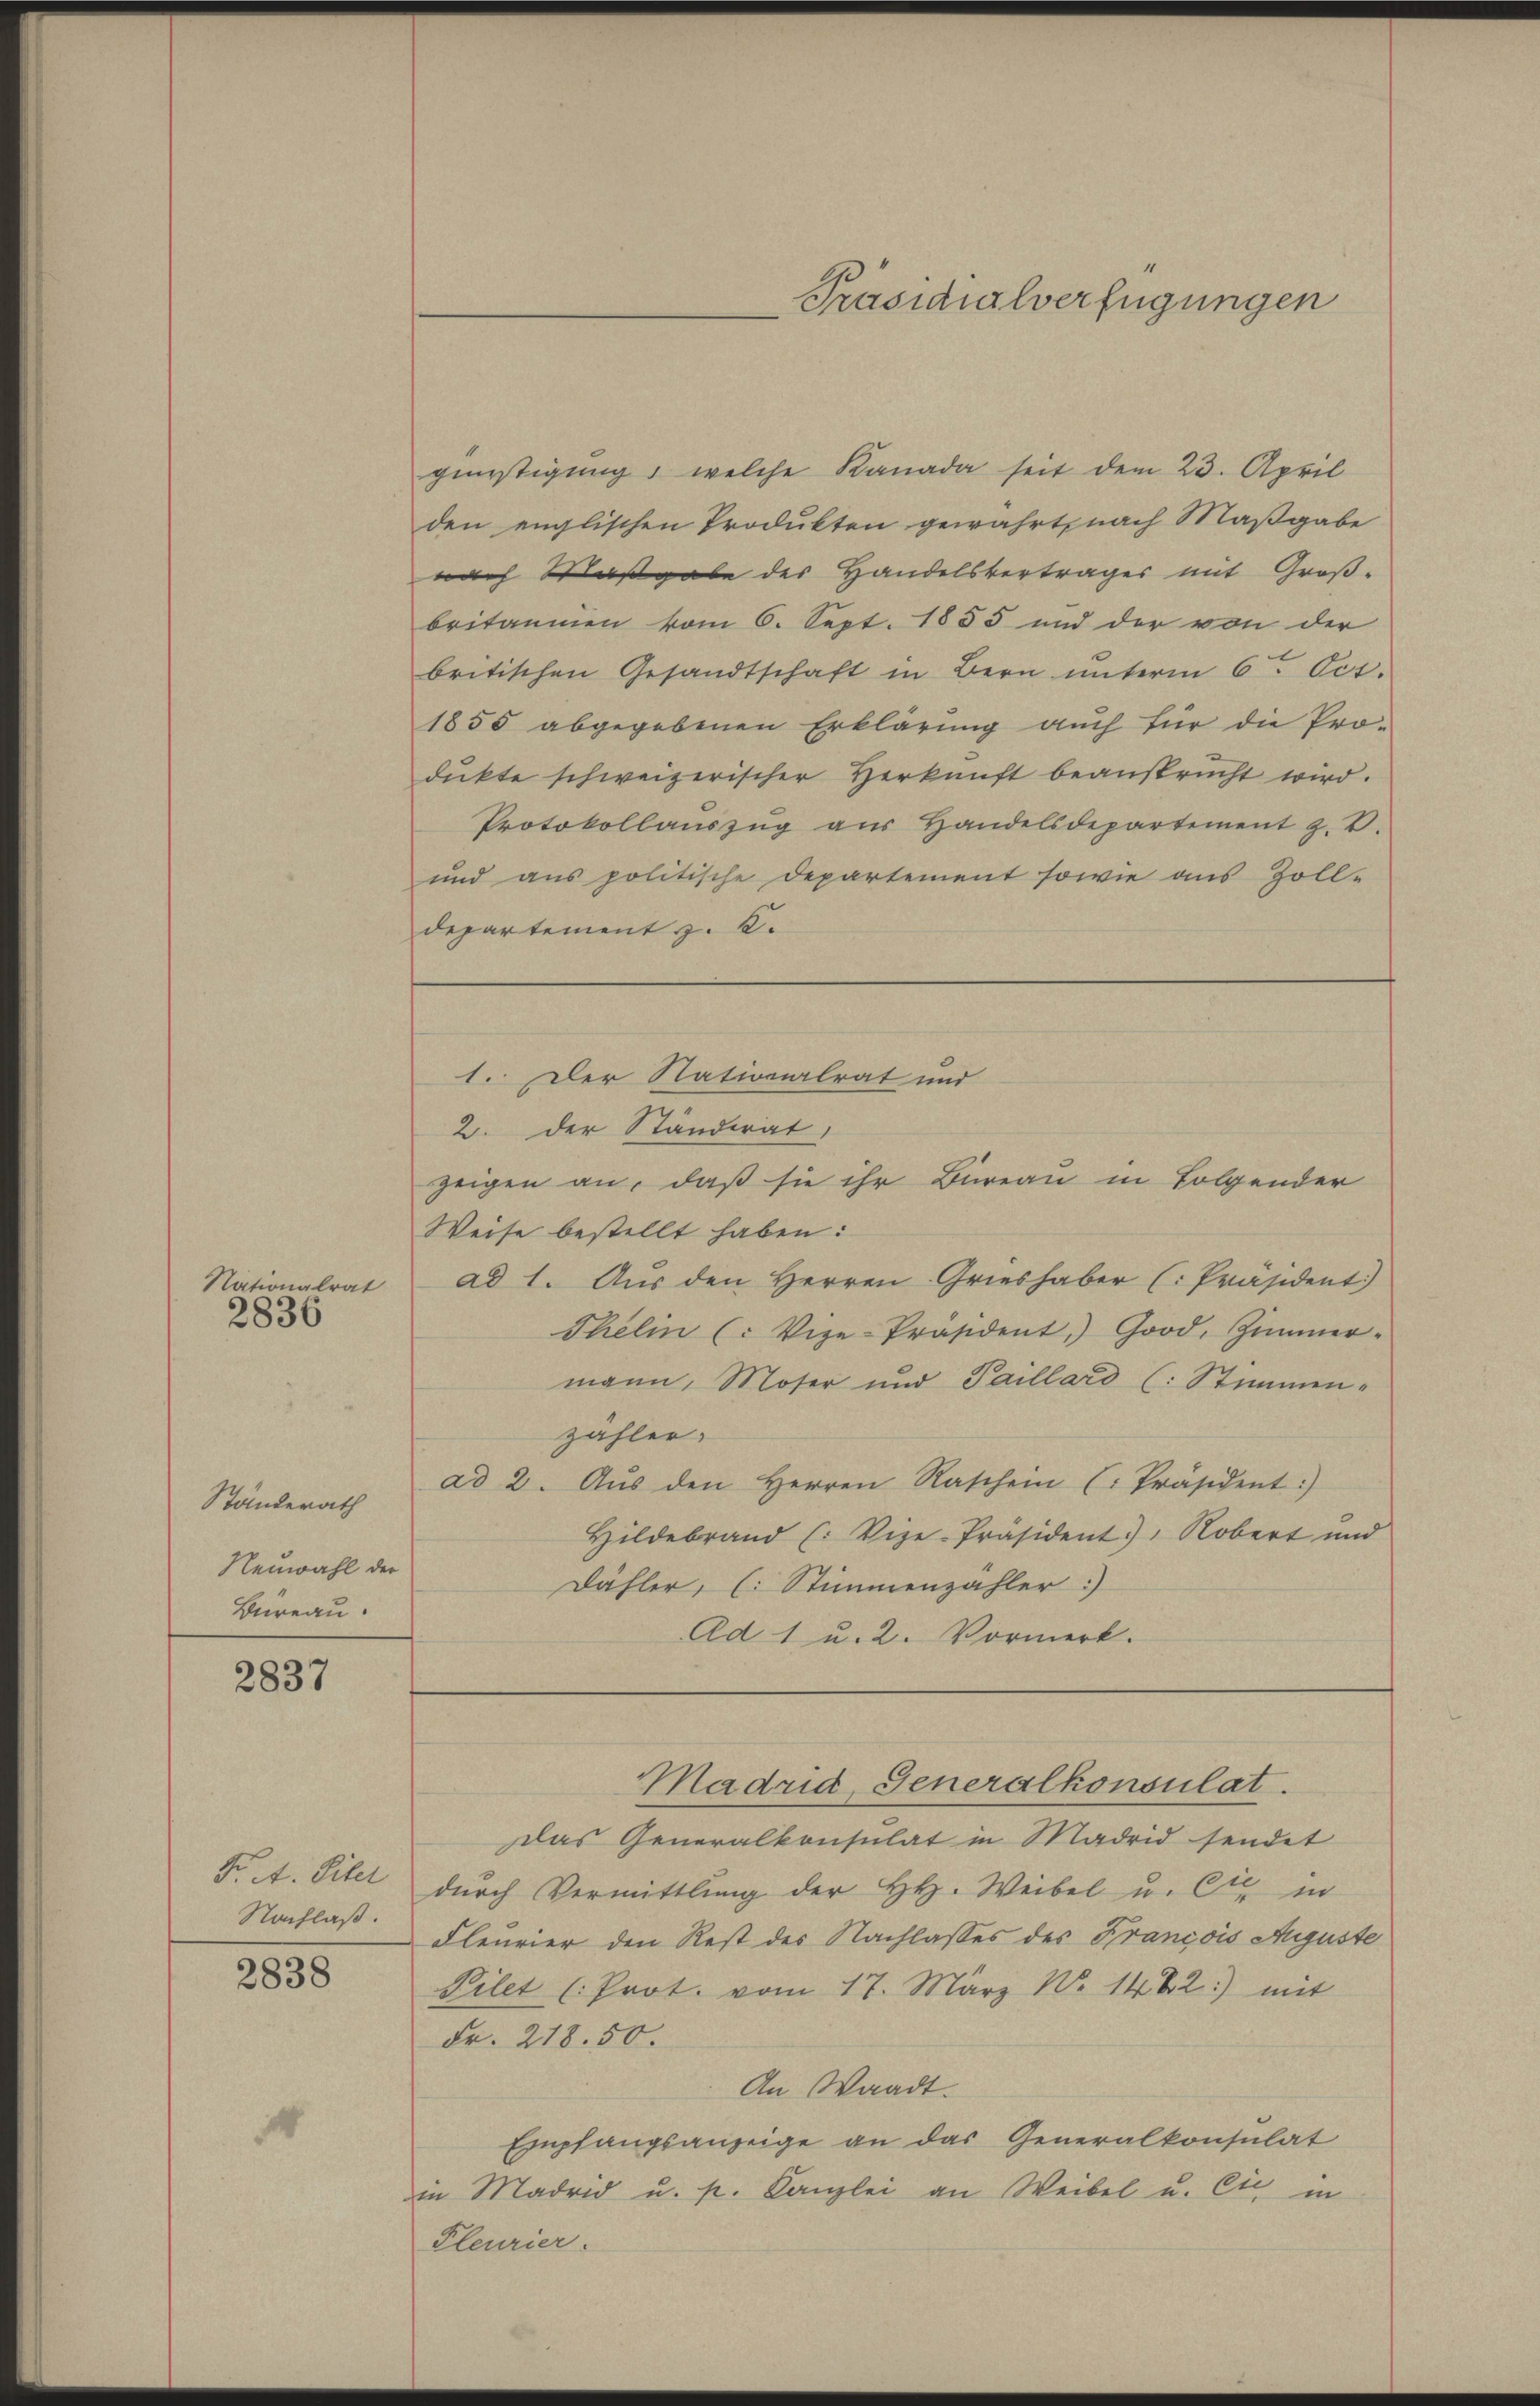
Nationalrat
2836

Ständerath
Neuwahl der
Bureau.

2837

Nachlaß.
2838

Präsidialverfügungen

günstigung, welche Kanada seit dem 23. April
den englischen Produkten gewährt nach Maßgabe
nach Maßgabe des Handelsvertrages mit Groß-
britannien vom 6. Sept. 1855 und der von der
britischen Gesandtschaft in Bern unterm 6ten Oct.
1855 abgegebenen Erklärung auch für die Pro-
dukte schweizerischer Herkŭnft beansprücht wird.
Protokollaŭszŭg aŭs Handelsdepartement z. B.
und aus politische Departement sowie aus Zoll-
Departement z. K.
1. Der Nationalrat und
2. der Ständerat,
zeigen an, daß sie ihr Büreau in Folgender
Weise bestellt haben:
ad 1. Aus den Herren Grieshaber (: Präsident.)
Thelin (: Vize-Präsident Good, Zimmer-
mann, Moser und Paillard (: Stimmen-
zähler.
ad 2. Aŭs den Herren Raschein (Präsident:
Hildebrand (: Vize-Präsident, Robert und
Dähler, (: Stimmenzähler)
Ad 1 u. 2. Vormerk.

Das Generalkonsulat in Madrid sendet
F. A. Titel durch Vermittlung der HH. Weibel u. Cie in
Fleurier den Rest des Nachlasses des Francois Auguste
Pilet (Prot. vom 17. März No. 1482:) mit
Fr. 218. 50.
An Waadt.
Empfangsanzeige an das Generalkonsulat
in Madrid u. p. Kanzlei an Weibel u. Cie in
Pleurier.

Madrid, Generalkonsulat